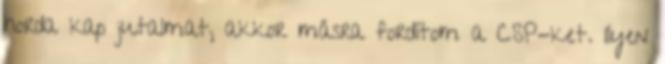
horda kap jutalmat, akkor másra fordítom a CSP-ket. Ilyen